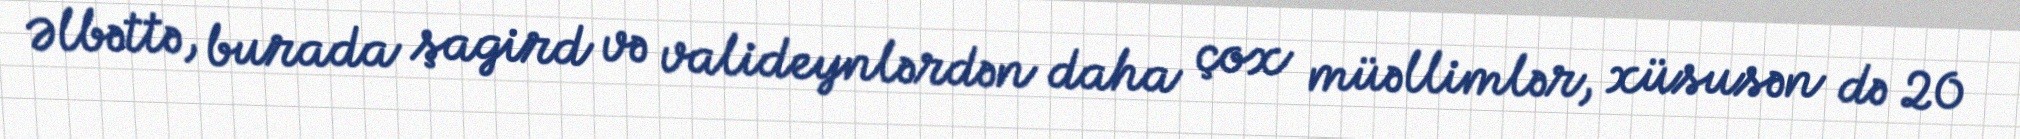
Əlbəttə, burada şagird və valideynlərdən daha çox müəllimlər, xüsusən də 20